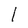
Character: l